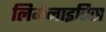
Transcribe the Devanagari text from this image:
लिमेनाइटिस